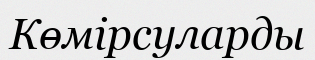
Көмірсуларды